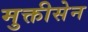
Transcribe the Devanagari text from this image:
मुक्तीसेन